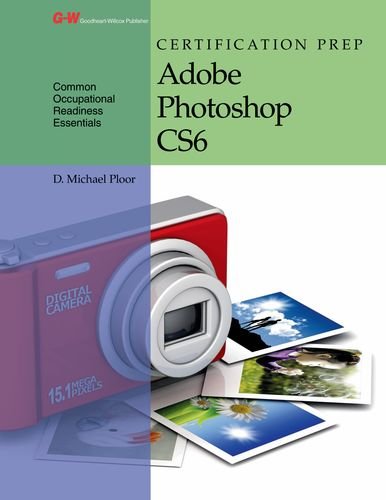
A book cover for Certification Prep Adobe Photoshop CS6; D. Michael Ploor; Computers & Technology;